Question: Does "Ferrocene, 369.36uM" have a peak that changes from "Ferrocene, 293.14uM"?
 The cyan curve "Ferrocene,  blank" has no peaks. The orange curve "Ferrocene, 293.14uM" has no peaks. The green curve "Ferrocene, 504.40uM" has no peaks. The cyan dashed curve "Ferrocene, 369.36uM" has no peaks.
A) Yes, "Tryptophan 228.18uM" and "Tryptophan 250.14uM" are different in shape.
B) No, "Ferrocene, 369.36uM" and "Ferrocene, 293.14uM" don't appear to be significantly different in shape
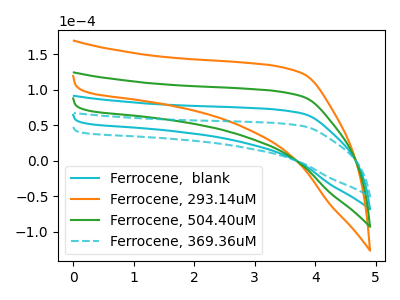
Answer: <think>Neither "Ferrocene, 369.36uM" or "Ferrocene, 293.14uM" have any peaks.
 </think>
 <answer>B) No, "Ferrocene, 369.36uM" and "Ferrocene, 293.14uM" don't appear to be significantly different in shape</answer>
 <eval>B</eval>